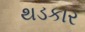
થડકાર